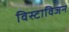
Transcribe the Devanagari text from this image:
विस्टाविजन